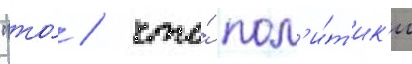
"то́ / что́ пол'и́т'ик'и